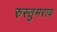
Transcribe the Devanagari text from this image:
रुस्तुमराव